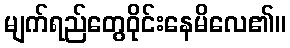
မျက်ရည်တွေဝိုင်းနေမိလေ၏။